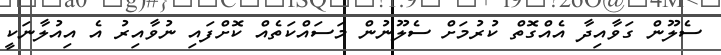
ސެލޫން ގަވާއިދާ އެއްގޮތް ކުރުމަށް ސެލޫނުން މަސައްކަތެއް ކޮށްފައި ނުވާއިރު އެ އިއުލާނަކީ